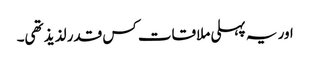
اور یہ پہلی ملاقات کس قدر لذیذ تھی۔